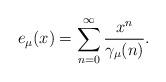
LaTeX: \begin{align*}e_\mu(x)= \sum_{n=0}^\infty \frac{x^n}{\gamma_\mu(n)}.\end{align*}